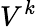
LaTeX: V^{k}